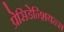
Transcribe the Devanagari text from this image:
प्रेसिडेन्शियन्स